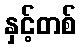
နှင့်တစ်